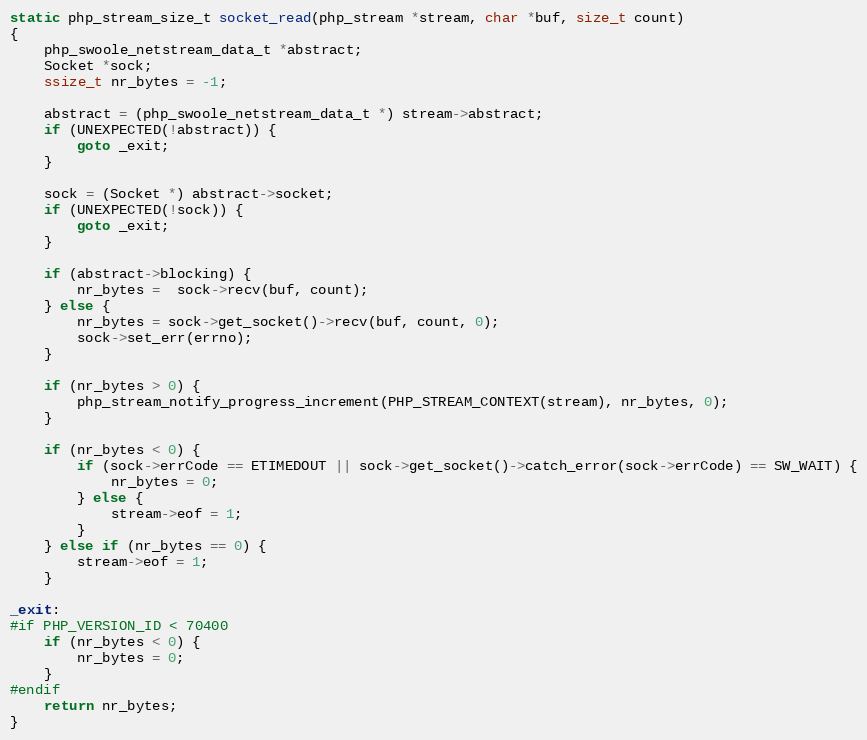
Language: C++
static php_stream_size_t socket_read(php_stream *stream, char *buf, size_t count)
{
    php_swoole_netstream_data_t *abstract;
    Socket *sock;
    ssize_t nr_bytes = -1;

    abstract = (php_swoole_netstream_data_t *) stream->abstract;
    if (UNEXPECTED(!abstract)) {
        goto _exit;
    }

    sock = (Socket *) abstract->socket;
    if (UNEXPECTED(!sock)) {
        goto _exit;
    }

    if (abstract->blocking) {
        nr_bytes =  sock->recv(buf, count);
    } else {
        nr_bytes = sock->get_socket()->recv(buf, count, 0);
        sock->set_err(errno);
    }

    if (nr_bytes > 0) {
        php_stream_notify_progress_increment(PHP_STREAM_CONTEXT(stream), nr_bytes, 0);
    }

    if (nr_bytes < 0) {
        if (sock->errCode == ETIMEDOUT || sock->get_socket()->catch_error(sock->errCode) == SW_WAIT) {
            nr_bytes = 0;
        } else {
            stream->eof = 1;
        }
    } else if (nr_bytes == 0) {
        stream->eof = 1;
    }

_exit:
#if PHP_VERSION_ID < 70400
    if (nr_bytes < 0) {
        nr_bytes = 0;
    }
#endif
    return nr_bytes;
}